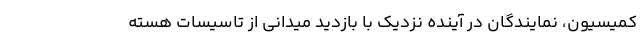
کمیسیون، نمایندگان در آینده نزدیک با بازدید میدانی از تاسیسات هسته